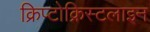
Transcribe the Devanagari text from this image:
क्रिप्टोक्रिस्टलाइन